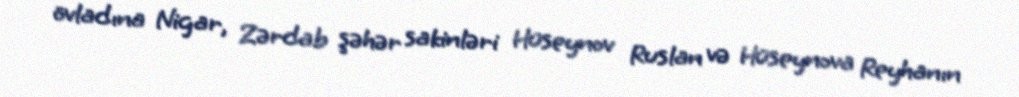
övladına Nigar, Zərdab şəhər sakinləri Hüseynov Ruslan və Hüseynova Reyhanın